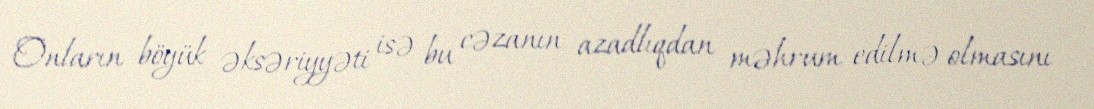
Onların böyük əksəriyyəti isə bu cəzanın azadlıqdan məhrum edilmə olmasını